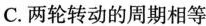
C.两轮转动的周期相等